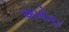
અખોરા